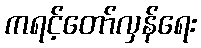
ကရင့်တော်လှန်ရေး